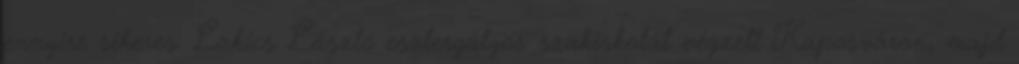
ennyire sikeres. Lakics László esztergályos szakiskolát végzett Kaposváron, majd